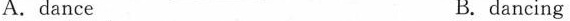
A.dance B.dancing